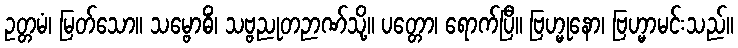
ဥတ္တမံ၊ မြတ်သော။ သမ္ဗောဓိံ၊ သဗ္ဗညုတဉာဏ်သို့။ ပတ္တော၊ ရောက်ပြီ။ ဗြဟ္မုနော၊ ဗြဟ္မာမင်းသည်။